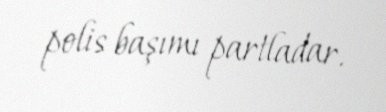
polis başımı partladar.